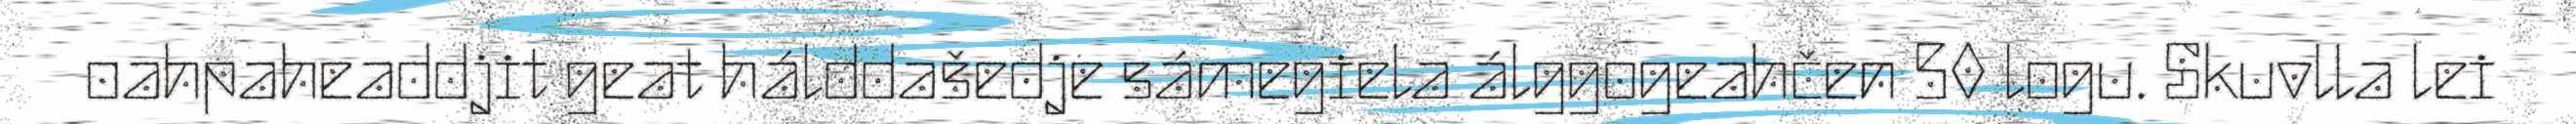
oahpaheaddjit geat hálddašedje sámegiela álggogeahčen 50 logu. Skuvlla lei